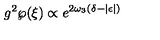
g ^ { 2 } \wp ( \xi ) \propto e ^ { 2 \omega _ { 3 } ( \delta - | \epsilon | ) }